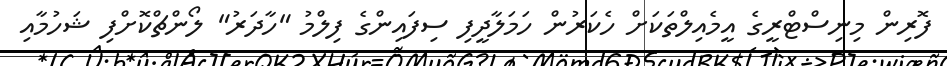
ފޮރިން މިނިސްޓްރީގެ އީމެއިލްތަކަށް ހެކަރުން ހަމަލާދީފި ސިފައިންގެ ފިލްމު "ހާދަރު" ލޯންޗްކޮށްފި ޝަހުމާއި